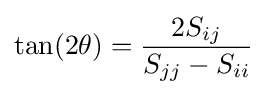
\tan(2\theta )={\frac {2S_{ij}}{S_{jj}-S_{ii}}}